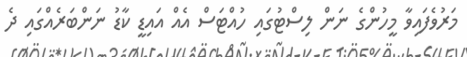
މަރުވެފައިވާ މީހުންގެ ނަން ލިސްޓުގައި ހުއްޓަސް އެއް އައިޑީ ކާޑު ނަންބަރެއްގައި ދެ